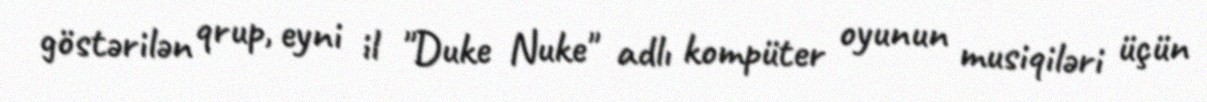
göstərilən qrup, eyni il "Duke Nuke" adlı kompüter oyunun musiqiləri üçün